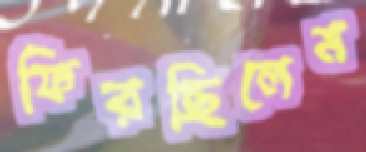
ফিরছিলেম